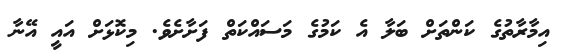
އިމާރާތުގެ ކަންތަށް ބަލާ އެ ކަމުގެ މަސައްކަތް ފަށާށެވެ. މިކޮޅަށް އައީ އޭނާ